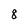
Character: 8